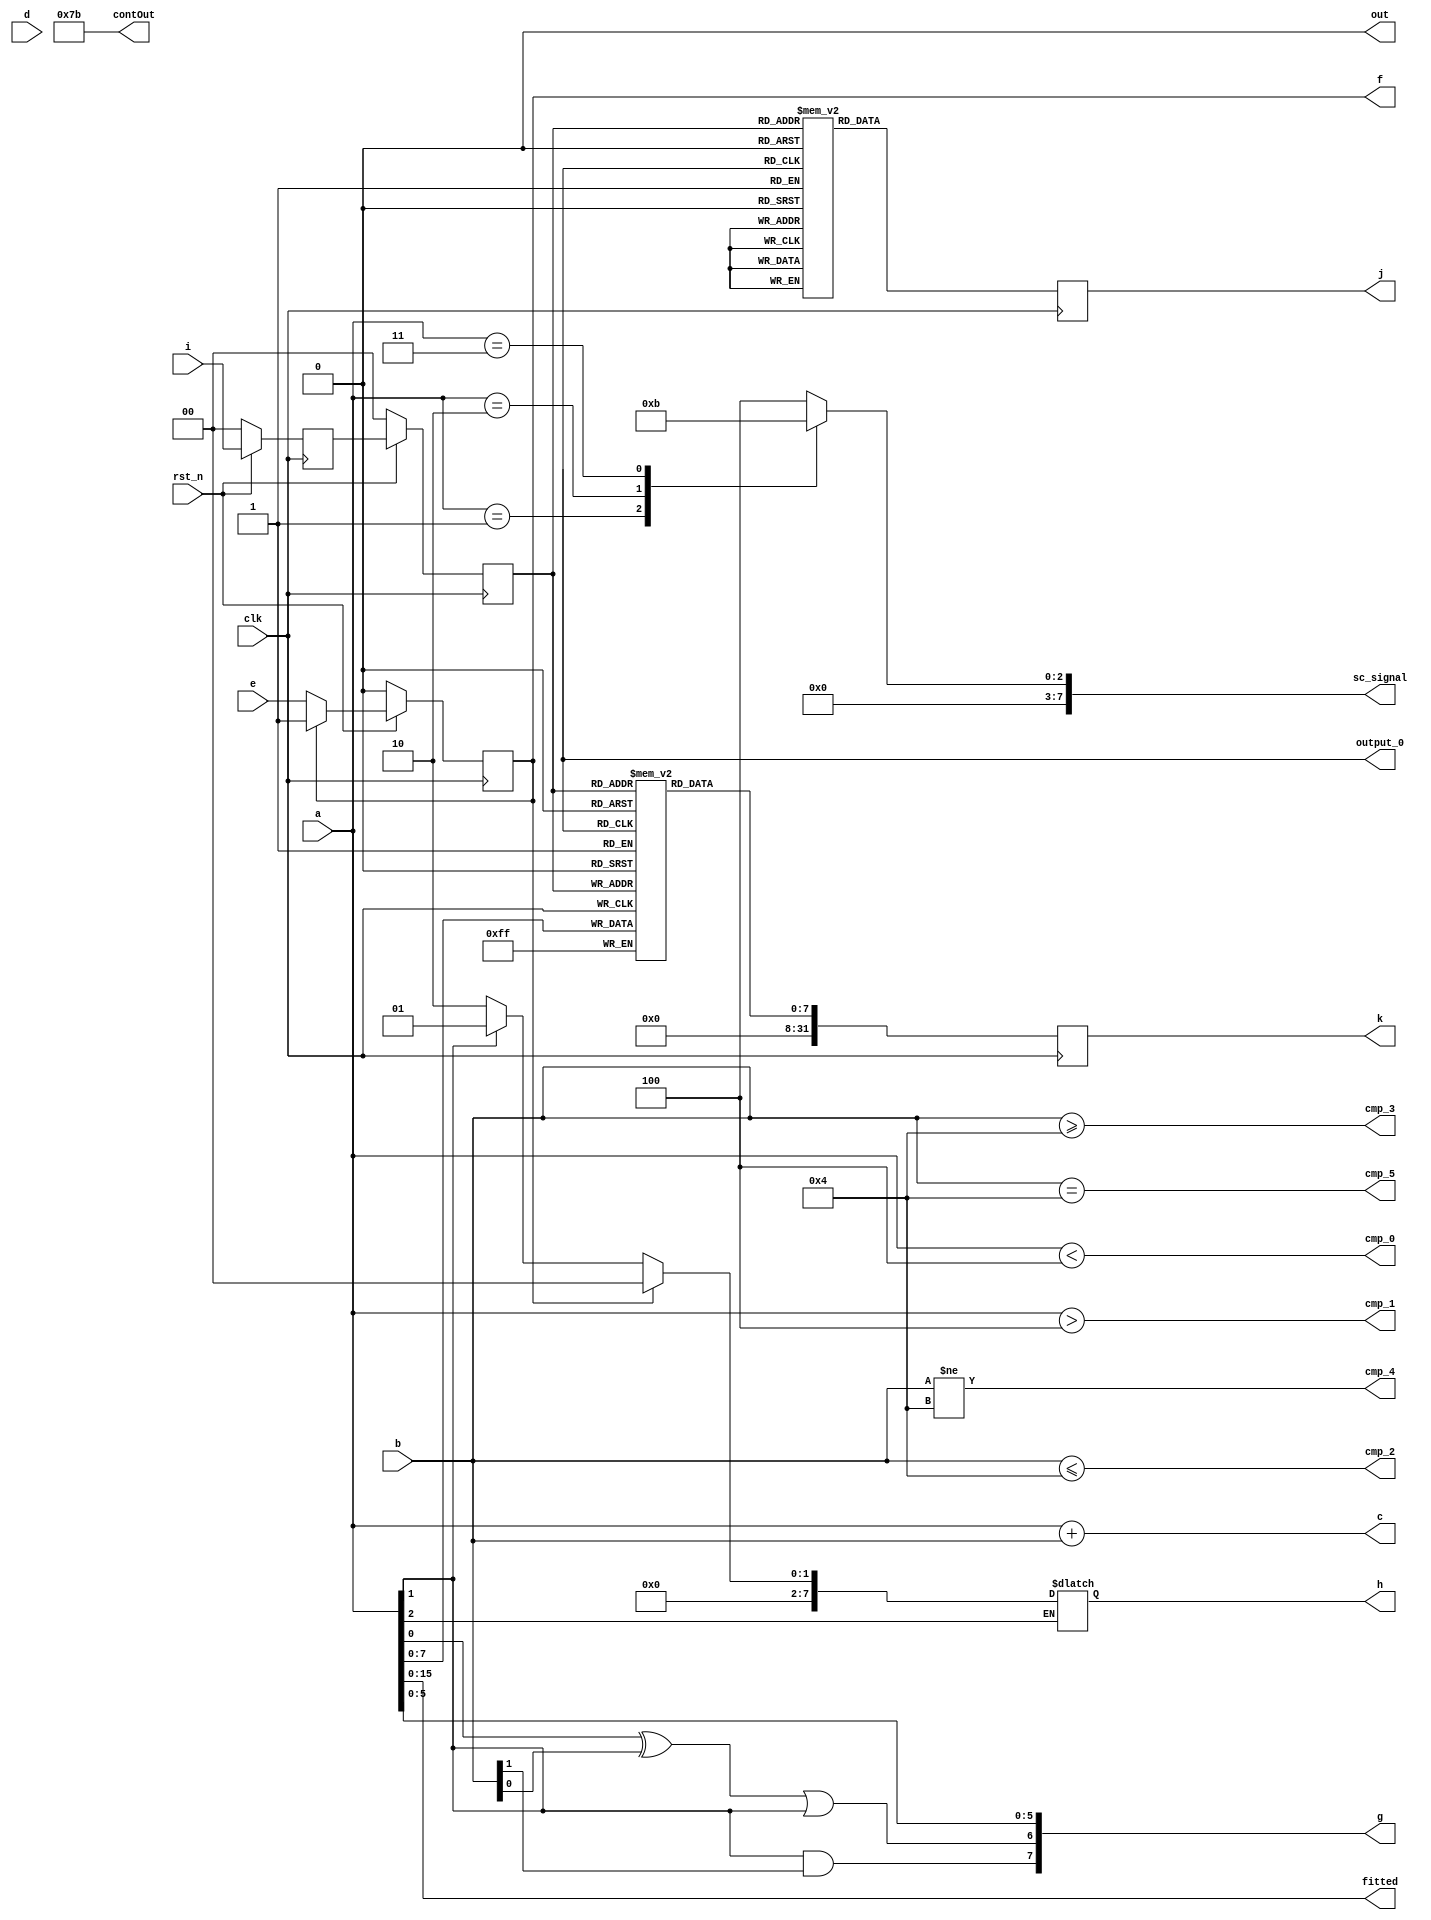
module Showcase0 (
    input wire[31:0] a,
    input wire signed[31:0] b,
    output reg[31:0] c,
    input wire clk,
    output reg cmp_0,
    output reg cmp_1,
    output reg cmp_2,
    output reg cmp_3,
    output reg cmp_4,
    output reg cmp_5,
    output reg[31:0] contOut,
    input wire[31:0] d,
    input wire e,
    output wire f,
    output reg[15:0] fitted,
    output reg[7:0] g,
    output reg[7:0] h,
    input wire[1:0] i,
    output reg[7:0] j,
    output reg[31:0] k,
    output wire out,
    output wire output_0,
    input wire rst_n,
    output reg[7:0] sc_signal
);
    localparam [31:0] const_private_signal = 32'h0000007b;
    reg signed[7:0] fallingEdgeRam[0:3];
    reg r = 1'b0;
    reg[1:0] r_0 = 2'b00;
    reg[1:0] r_1 = 2'b00;
    reg r_next;
    wire[1:0] r_next_0;
    wire[1:0] r_next_1;
    reg[7:0] rom[0:3];
    always @(a, b) begin: assig_process_c
        c = a + $signed(b);
    end

    always @(a) begin: assig_process_cmp_0
        cmp_0 = a < 32'h00000004;
    end

    always @(a) begin: assig_process_cmp_1
        cmp_1 = a > 32'h00000004;
    end

    always @(b) begin: assig_process_cmp_2
        cmp_2 = b <= $signed(32'h00000004);
    end

    always @(b) begin: assig_process_cmp_3
        cmp_3 = b >= $signed(32'h00000004);
    end

    always @(b) begin: assig_process_cmp_4
        cmp_4 = b != $signed(32'h00000004);
    end

    always @(b) begin: assig_process_cmp_5
        cmp_5 = b == $signed(32'h00000004);
    end

    always @(*) begin: assig_process_contOut
        contOut = const_private_signal;
    end

    assign f = r;
    always @(negedge clk) begin: assig_process_fallingEdgeRam
        fallingEdgeRam[r_1] <= $unsigned(a[7:0]);
        k <= {24'h000000, $signed(fallingEdgeRam[r_1])};
    end

    always @(a) begin: assig_process_fitted
        fitted = a[15:0];
    end

    always @(a, b) begin: assig_process_g
        g = {{a[1] & b[1], a[0] ^ b[0] | a[1]}, a[5:0]};
    end

    always @(a, r) begin: assig_process_h
        if (a[2])
            if (r)
                h = 8'h00;
            else if (a[1])
                h = 8'h01;
            else
                h = 8'h02;
    end

    always @(posedge clk) begin: assig_process_j
        j <= rom[r_1];
    end

    assign out = 1'b0;
    assign output_0 = 1'bx;
    always @(posedge clk) begin: assig_process_r
        if (rst_n == 1'b0) begin
            r_1 <= 2'b00;
            r_0 <= 2'b00;
            r <= 1'b0;
        end else begin
            r_1 <= r_next_1;
            r_0 <= r_next_0;
            r <= r_next;
        end
    end

    assign r_next_0 = i;
    assign r_next_1 = r_0;
    always @(e, r) begin: assig_process_r_next_1
        if (~r)
            r_next = e;
        else
            r_next = r;
    end

    always @(a) begin: assig_process_sc_signal
        case(a)
            32'h00000001:
                sc_signal = 8'h00;
            32'h00000002:
                sc_signal = 8'h01;
            32'h00000003:
                sc_signal = 8'h03;
            default:
                sc_signal = 8'h04;
        endcase
    end

    initial begin
        rom[0] = 0;
        rom[1] = 1;
        rom[2] = 2;
        rom[3] = 3;
    end

endmodule